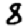
Digit: 8